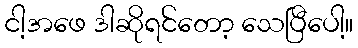
ငါ့အဖေ ဒါဆိုရင်တော့ သေပြီပေါ့။